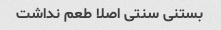
بستنی سنتی اصلا طعم نداشت